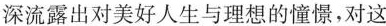
深流露出对美好人生与理想的憧憬，对这